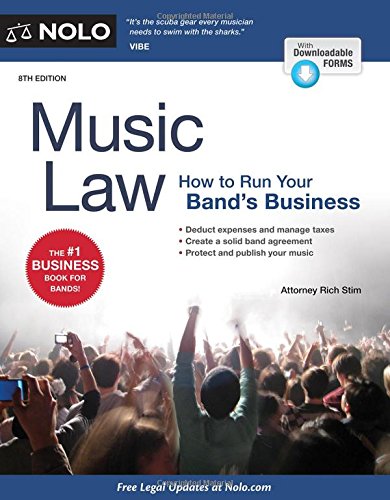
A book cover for Music Law: How to Run Your Band's Business; Richard Stim Attorney; Business & Money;